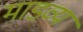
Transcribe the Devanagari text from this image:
माडव्य